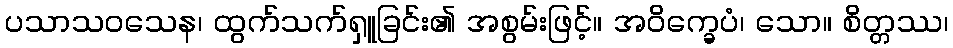
ပသာသဝသေန၊ ထွက်သက်ရှူခြင်း၏ အစွမ်းဖြင့်။ အဝိက္ခေပံ၊ သော။ စိတ္တဿ၊